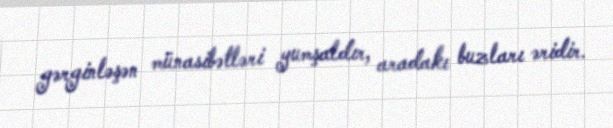
gərginləşən münasibətləri yumşaldır, aradakı buzları əridir.